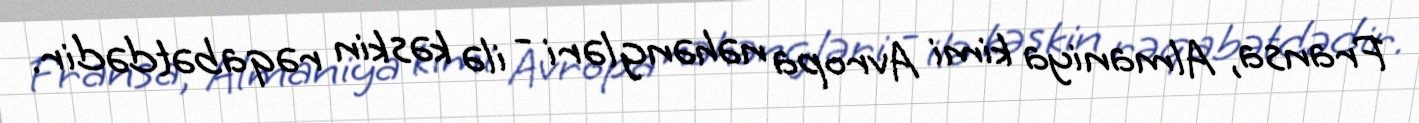
Fransa, Almaniya kimi Avropa nəhəngləri - ilə kəskin rəqabətdədir.